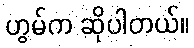
ဟွမ်က ဆိုပါတယ်။